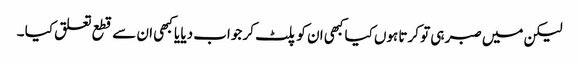
لیکن میں صبر ہی تو کرتا ہوں کیا کبھی ان کو پلٹ کر جواب دیا یا کبھی ان سے قطع تعلق کیا ۔